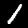
Label: 1